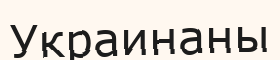
Украинаны